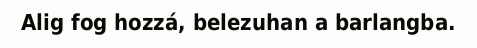
Alig fog hozzá, belezuhan a barlangba.